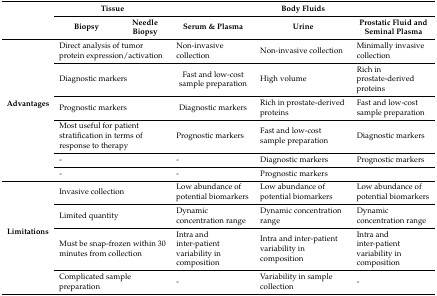
| <ROWSPAN=2>  | <COLSPAN=2> Tissue | <COLSPAN=3> Body Fluids |
 | Biopsy | Needle Biopsy | Serum & Plasma | Urine | Prostatic Fluid and Seminal Plasma |
 | --- | --- | --- | --- | --- | --- |
 | <ROWSPAN=6> Advantages | <COLSPAN=2> Direct analysis of tumor protein expression/activation | Non-invasive collection | Non-invasive collection | Minimally invasive collection |
 | <COLSPAN=2> Diagnostic markers | Fast and low-cost sample preparation | High volume | Rich in prostate-derived proteins |
 | <COLSPAN=2> Prognostic markers | Diagnostic markers | Rich in prostate-derived proteins | Fast and low-cost sample preparation |
 | <COLSPAN=2> Most useful for patient stratification in terms of response to therapy | Prognostic markers | Fast and low-cost sample preparation | Diagnostic markers |
 | <COLSPAN=2> - | - | Diagnostic markers | Prognostic markers |
 | <COLSPAN=2> - | - | Prognostic markers |  |
 | <ROWSPAN=4> Limitations | <COLSPAN=2> Invasive collection | Low abundance of potential biomarkers | Low abundance of potential biomarkers | Low abundance of potential biomarkers |
 | <COLSPAN=2> Limited quantity | Dynamic concentration range | Dynamic concentration range | Dynamic concentration range |
 | <COLSPAN=2> Must be snap-frozen within 30 minutes from collection | Intra and inter-patient variability in composition | Intra and inter-patient variability in composition | Intra and inter-patient variability in composition |
 | <COLSPAN=2> Complicated sample preparation | - | Variability in sample collection | - |